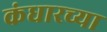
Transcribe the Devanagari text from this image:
कंधारच्या